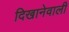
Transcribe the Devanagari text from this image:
दिखानेवाली